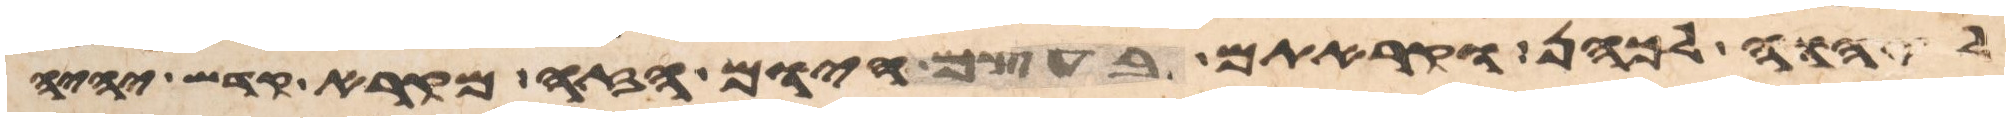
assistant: ליהוה לכהן וקראתם בעצם היום הזה מקרא קדש יהיה